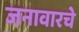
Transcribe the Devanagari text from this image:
जनावारचे